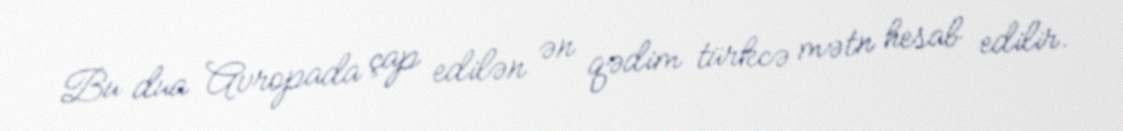
Bu dua Avropada çap edilən ən qədim türkcə mətn hesab edilir.